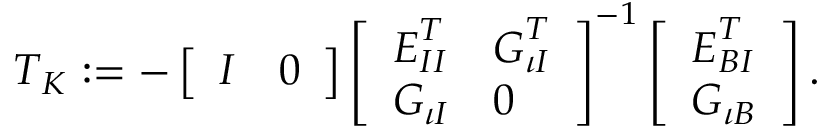
\begin{array} { r } { \boldsymbol { T } _ { K } : = - \left[ \begin{array} { l l } { \boldsymbol { I } } & { \boldsymbol { 0 } } \end{array} \right] \left[ \begin{array} { l l } { \boldsymbol { E } _ { I I } ^ { T } } & { \boldsymbol { G } _ { \iota I } ^ { T } } \\ { \boldsymbol { G } _ { \iota I } } & { \boldsymbol { 0 } } \end{array} \right] ^ { - 1 } \left[ \begin{array} { l } { \boldsymbol { E } _ { B I } ^ { T } } \\ { \boldsymbol { G } _ { \iota B } } \end{array} \right] . } \end{array}